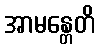
အာမန္တေတိ